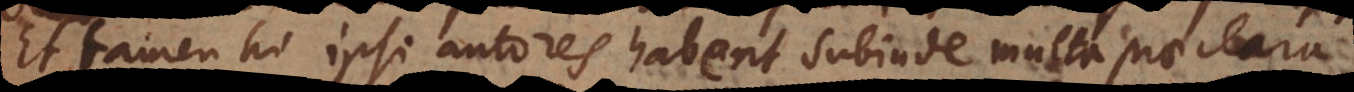
Et tamen hi ipsi autores habent subinde multa praeclara